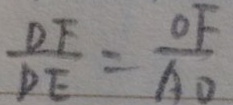
\frac { D F } { D E } = \frac { O F } { A D }